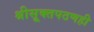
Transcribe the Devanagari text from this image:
श्रीसूक्तपठणही